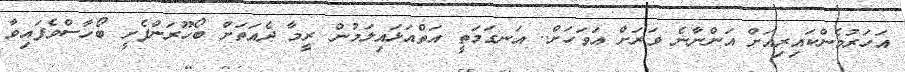
އަހަރުމެންކައިރިއަށް އަންނާނެ ވަރަށް އަވަހަށް.. އަނގަމަތީ އަތްއަޅައިލަމުން ރީމާ ދެއަތަށް ބޯހޫރަންފެށީ ބޯހާސްވެފައިވާ